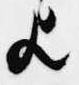
歟